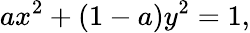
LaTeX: ax^{2}+(1-a)y^{2}=1,